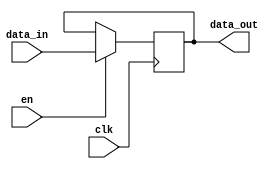
`timescale 1ns / 1ps
module register_4bit(clk,en,data_in,data_out);
    input clk;
    input en;
    input [3:0] data_in;
    output reg [3:0] data_out;
    always@(posedge clk) 
        if(en) 
            data_out <= data_in;
endmodule